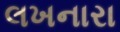
લખનારા